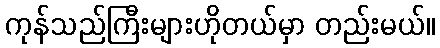
ကုန်သည်ကြီးများဟိုတယ်မှာ တည်းမယ်။